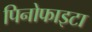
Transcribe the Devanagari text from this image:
पिनोफाइटा